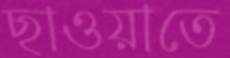
ছাওয়াতে